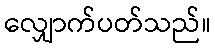
လျှောက်ပတ်သည်။